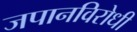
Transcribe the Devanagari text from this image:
जपानविरोधी